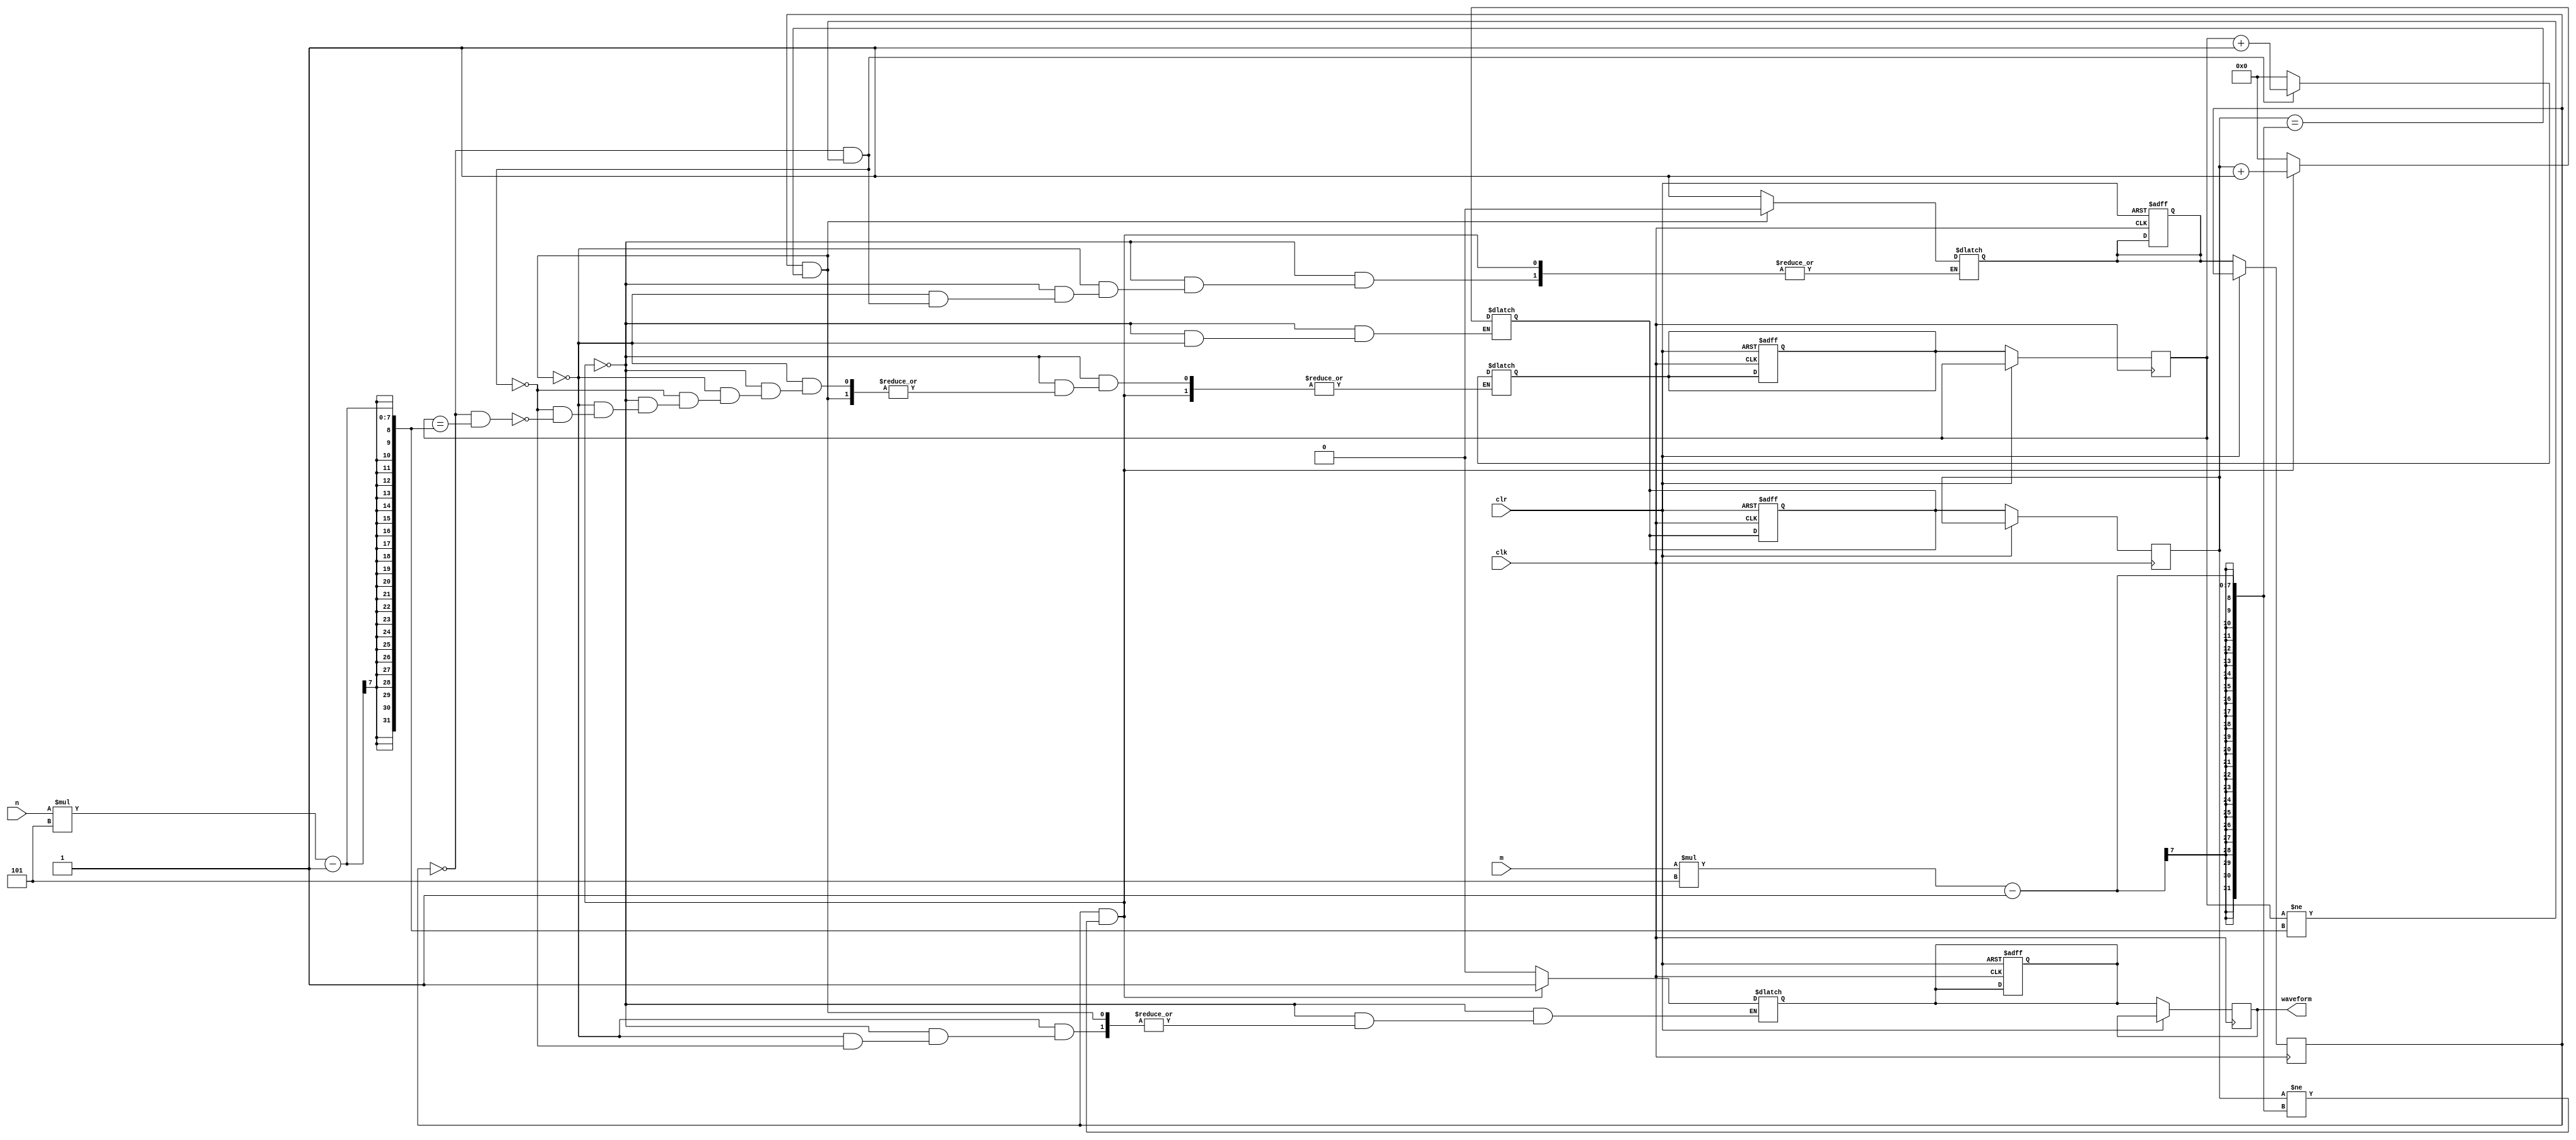
/*
	Embedded SoPC Design with Nios II Processor and Verilog Examples
								Excercise 5.9.1 Pg.132-133
	Square Wave Generator
								Solution by Oriod Malo (01 June 2023)
								
	Notes: The excercise assumes the 50MHz frequency of Altera FPGAs
	therefore the requirement for m*100ns HIGH and n*100ns LOW on the output waveform
	can be also imagined as m*5*20ns and n*5*20ns.
*/

module square_wave_generator
		(
		input wire clk, clr,					// Has to be initialized by clr=1 for the first cycle
		input wire [3:0] m, n,				// max that n can be is 1111=15
		output wire waveform);

		// signal declarations
		reg [6:0] m_reg, n_reg, m_next, n_next;
		reg [6:0] mMax, nMax; // 11 = 15*5 = 75 = 7'b1001011 requires 7 bits
		reg cycle_reg, cycle_next;
		reg waveform_reg, waveform_next;
		
		// Register
		
		always @(posedge clk, posedge clr)
		begin
		if(clr)
			begin
				m_next <= 7'b0;
				n_next <= 7'b0;
				cycle_next <= 0;
				waveform_next <= 0;
			end
		else
			begin
			m_reg <= m_next;
			n_reg <= n_next;
			cycle_reg <= cycle_next;
			waveform_reg <= waveform_next;
			end
		end

		// Next State logic
		always @*
		begin	
			// Default values
			mMax = m*5;
			nMax = n*5;

			
			if(cycle_reg && m_reg!=mMax-1)
				begin
					m_next = m_reg+1;
					waveform_next = 1'b1;
				end
			else if (cycle_reg && m_reg==mMax-1)
				begin
					m_next = 7'b0;
					cycle_next = 1'b0;
				end
			else if(~cycle_reg && n_reg!=nMax-1)
				begin
					n_next = n_reg+1;
					waveform_next = 1'b0;
				end
			else if (~cycle_reg && n_reg==nMax-1)
				begin
					n_next = 7'b0;
					cycle_next = 1'b1;
				end
			else cycle_next = 1'b1;
		end
		
			
		assign waveform = waveform_reg;
endmodule